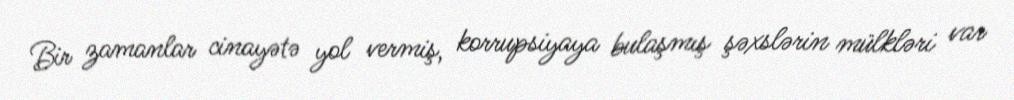
Bir zamanlar cinayətə yol vermiş, korrupsiyaya bulaşmış şəxslərin mülkləri var